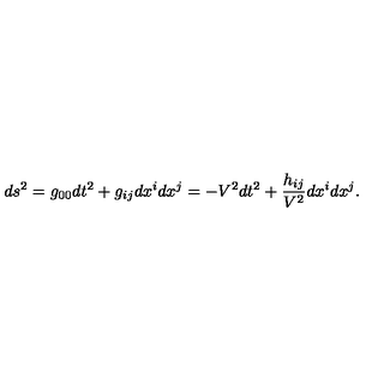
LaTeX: d s \sp 2 = g _ { 0 0 } d t \sp 2 + g _ { i j } d x \sp { i } d x \sp { j } = - V \sp 2 d t \sp 2 + \frac { h _ { i j } } { V \sp 2 } d x \sp { i } d x \sp { j } .